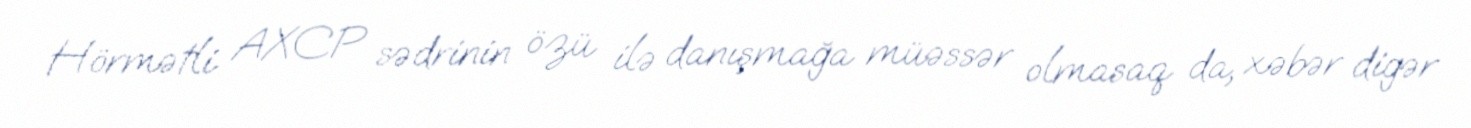
Hörmətli AXCP sədrinin özü ilə danışmağa müəssər olmasaq da, xəbər digər